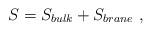
LaTeX: \begin{align*} S = S_{bulk} + S_{brane}\ ,\end{align*}